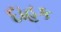
દાહક